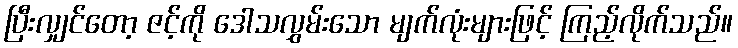
ပြီးလျှင်တော့ ဇင့်ကို ဒေါသလွှမ်းသော မျက်လုံးများဖြင့် ကြည့်လိုက်သည်။